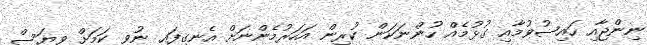
ނިންޖާއި ހައިޟުވުމާއި ގުޅުމެއް ހުންނަކަން ކުރިން އަހަރުމެންނަށް އެނގިފައި ނުވި ކަމަށް ވިޔަސް